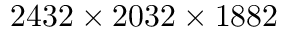
2 4 3 2 \times 2 0 3 2 \times 1 8 8 2